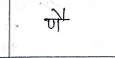
मजकूर: णै